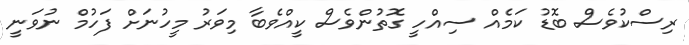
ރިސްކުވެސް ބޮޑު ކަމެއް ސިއްހީ ގޮތުންވެސް ކީއްވެބާ މިވަރު މީހުނަށް ފަހުމް ނުވަނީ